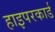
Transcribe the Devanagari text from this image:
हाइपरकार्ड